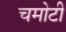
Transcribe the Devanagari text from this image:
चमोटी